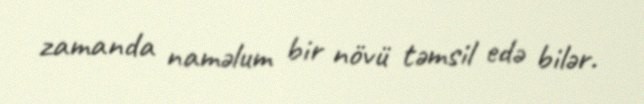
zamanda naməlum bir növü təmsil edə bilər.